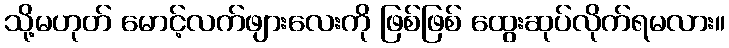
သို့မဟုတ် မောင့်လက်ဖျားလေးကို ဖြစ်ဖြစ် ထွေးဆုပ်လိုက်ရမလား။